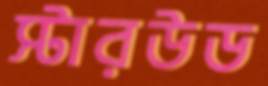
স্টারউড